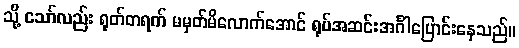
သို့ သော်လည်း ရုတ်တရက် မမှတ်မိလောက်အောင် ရုပ်အဆင်းအင်္ဂါပြောင်းနေသည်။